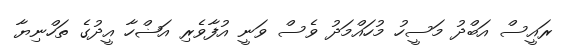
ރައީސް އަބްދު މަސީހު މުހައްމަދު ވެސް ވަނީ އުފާވެރި އަޟްހާ އީދުގެ ތަހްނިޔާ